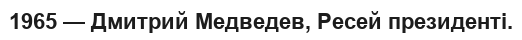
1965 — Дмитрий Медведев, Ресей президенті.